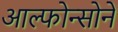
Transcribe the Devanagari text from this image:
आल्फोन्सोने